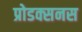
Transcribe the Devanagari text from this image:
प्रोडक्सनस